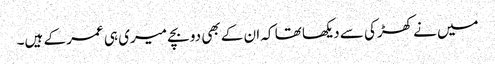
میں نے کھڑکی سے دیکھا تھا کہ ان کے بھی دو بچے میری ہی عمر کے ہیں۔